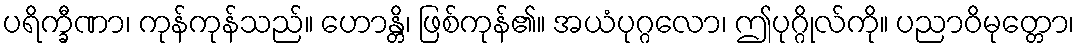
ပရိက္ခီဏာ၊ ကုန်ကုန်သည်။ ဟောန္တိ၊ ဖြစ်ကုန်၏။ အယံပုဂ္ဂလော၊ ဤပုဂ္ဂိုလ်ကို။ ပညာဝိမုတ္တော၊